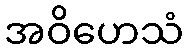
အဝိဟေသံ